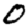
Digit: 0